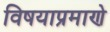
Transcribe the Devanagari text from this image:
विषयाप्रमाणे